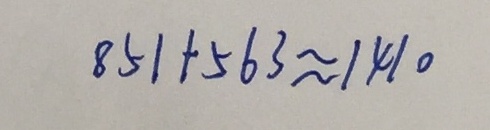
8 5 1 + 5 6 3 \approx 1 4 1 0